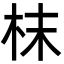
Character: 枺